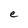
Character: e